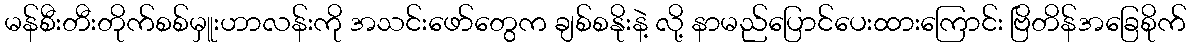
မန်စီးတီးတိုက်စစ်မှူးဟာလန်းကို အသင်းဖော်တွေက ချစ်စနိုးနဲ့ လို့ နာမည်ပြောင်ပေးထားကြောင်း ဗြိတိန်အခြေစိုက်